Report of the King Institute of Preventive Medicine, Guindy
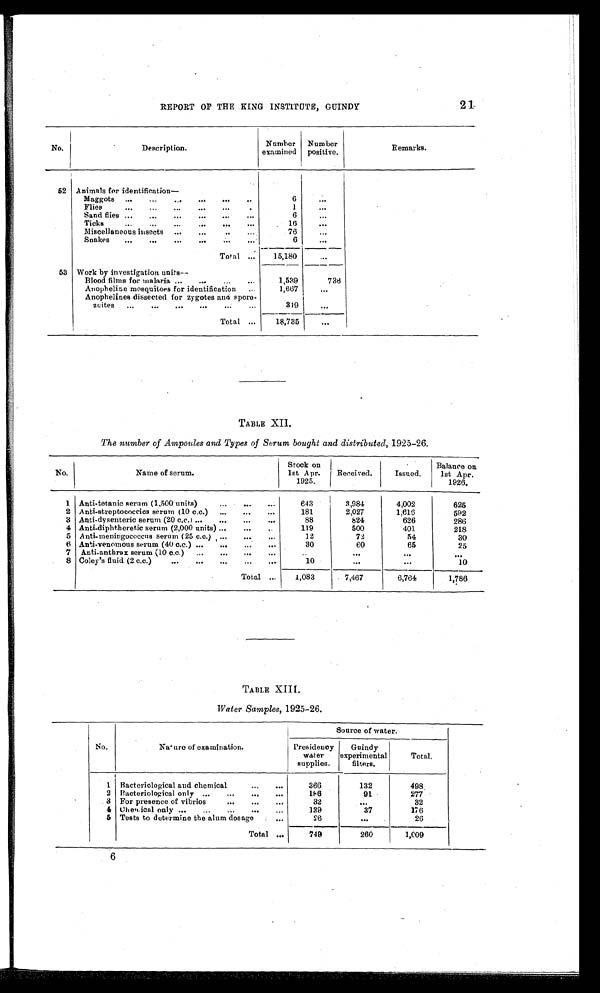
21
REPORT OF THE KING INSTITUTE, GUINDY
No.
Description.
Number
examined
Number
positive.
Remarks.
52 Ani mal s for i dent i fi cat i on—
6
. . .
Maggots . . .
Flies
. . .
1
. . .
Sand flies . . .
6 . . .
Ticks
. . .
16
. . .
Miscellaneous insects
. . .
76
. . .
Snakes
. . .
6
. . .
Total . . .
15,180
. . .
53 Work by investigation units
—
Blood films for malaria. . .
1,539
736
Anopheline mosquitoes for identification
...
1,667
. . .
Anophelines dissected for zygotes and sporo-
zeites . . .
319
. . .
Total . . .
18,735
. . .
TABLE XII.
The number of Ampoules and Types of Serum bought and distributed, 1925-26.
No.
Name of serum.
Stock on
1st Apr.
1925.
Received.
Issued.
Balance on.
1st Apr.
1926.
1 Anti-tetanic serum (1,500 units)
. . .
643
3,984
4,002
625
2 Anti-streptococcics serum (10 c.c.)
. . .
181
2,027
1,616
592
3 Anti-dysenteric serum (20 c.c.) . . .
88
824
626
286
4 Anti-diphtheretic serum (2,000 units) . . .
119
500
401
218
5 Anti-meningococcus serum (25 c.c.) . . .
12
72
54
30
6 Anti-venomous serum (40 c.c.) . . .
30
60
65
25
7 Anti-anthrax serum (10 c.c.)
. . .
. . .
. . .
. . .
. . .
8 Coley's fluid (2 c.c.)
. . .
10
. . .
. . .
10
Total . . .
1,083
7,467
6,764
1,786
TABLE XIII.
Water Samples, 1925-26.
No.
Nature of examination.
Source of water.
Presidency
water
supplies.
Guindy
experimental
filters.
Total.
1 Bacteriological and chemical
. . .
366
132
498
2 Bacteriological only . . .
186
91
277
3 For presence of vibrios
. . .
32
. . .
32
4 C h e m i c a l o n l y . . .
139
37
176
5 Tests to determine the alum dosage
. . .
26
. . .
26
Total
. . .
749
260
1,009
6